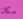
مكان